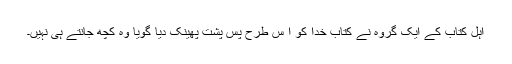
اہل کتاب کے ایک گروہ نے کتابِ خدا کو ا س طرح پسِ پشت پھینک دیا گویا وہ کچھ جانتے ہی نہیں۔